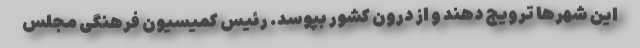
این شهرها ترویج دهند و از درون کشور بپوسد. رئیس کمیسیون فرهنگی مجلس